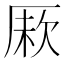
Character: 𠩼